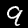
Digit: 9